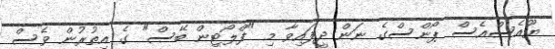
ޔޫއެސްއެސް ޕޯންސްގެ ނަން ދީފައިވާ މި "ފްލޯޓިން ބޭސް" ގެ އިތުރުން ވެސް